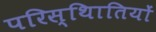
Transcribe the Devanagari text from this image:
परिस्थिातियों